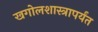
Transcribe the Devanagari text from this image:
खगोलशास्त्रापर्यंत